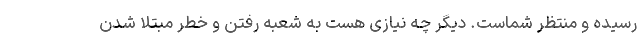
رسیده و منتظر شماست. دیگر چه نیازی هست به شعبه رفتن و خطر مبتلا شدن